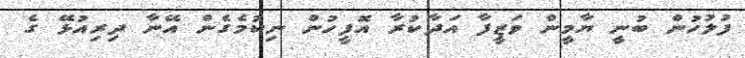
ފުލުހުން ބުނީ ޔާމީން ވަޒީފާ އަދާކުރާ އޮފީހުން ނިކުމެގެން އޭނާ ދިރިއުޅޭ ގެ